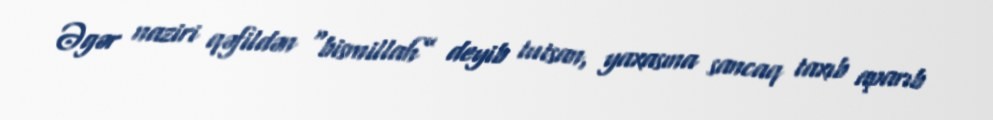
Əgər naziri qəfildən “bismillah” deyib tutsan, yaxasına sancaq taxıb aparıb